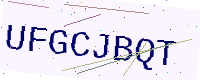
Text: UFGCJBQT